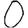
Digit: 0